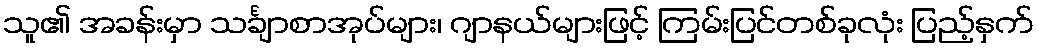
သူ၏ အခန်းမှာ သင်္ချာစာအုပ်များ၊ ဂျာနယ်များဖြင့် ကြမ်းပြင်တစ်ခုလုံး ပြည့်နှက်